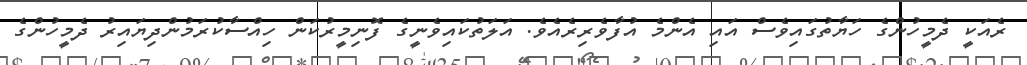
ރެއަކީ ދެމީހުންގެ ހަޔާތުގައިވެސް އައި އެންމެ އުފާވެރިރެއެވެ. އަލަތުކައިވެނީގެ ފޮނިމީރުކަން ހިއްސާކުރަމުންދިޔައިރު ދެމީހުންގެ